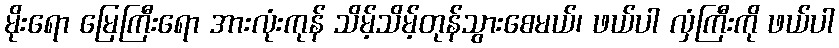
မိုးရော မြေကြီးရော အားလုံးကုန် သိမ့်သိမ့်တုန်သွားစေမယ်၊ ဖယ်ပါ လှံကြီးကို ဖယ်ပါ